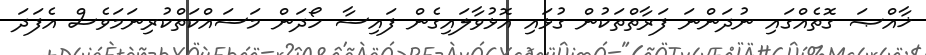
ޚާއްޞަ ގޮތެއްގައި ނުދަންނަ ފަރާތްތަކުން ގުޅައި އޮޅުވާލައިގެން ފައިސާ ހޯދަން މަސައްކަތްކުރިނަމަވެސް އެފަދަ